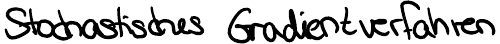
Stochastisches Gradientenverfahren